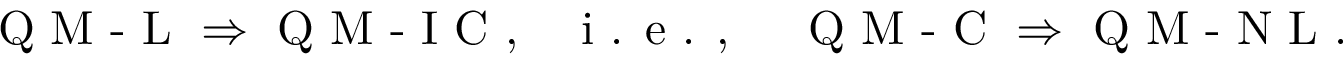
\begin{array} { r l r } { \textrm { Q M - L } \Rightarrow \textrm { Q M - I C } , } & { { } \textrm { i . e . , } } & { \textrm { Q M - C } \Rightarrow \textrm { Q M - N L } . } \end{array}